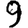
Digit: 9